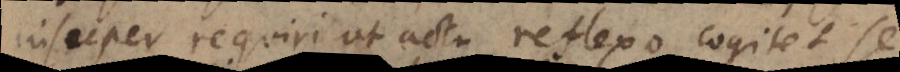
insuper requiri ut actu reflexo cogitet se